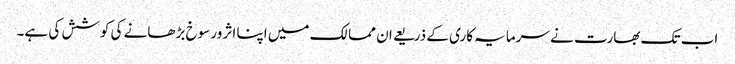
اب تک بھارت نے سرمایہ کاری کے ذریعے ان ممالک میں اپنا اثر ورسوخ بڑھانے کی کوشش کی ہے۔